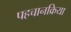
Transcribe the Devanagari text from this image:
पहचानक्रिया